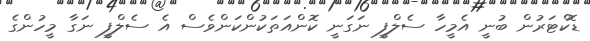
ޑޮކްޓަރުން ބުނީ އެމީހާ ސެލްފީ ނަގަނީ ކޮންއަތަކުންކަންވެސް އެ ސެލްފީ ނަގާ މީހުންގެ